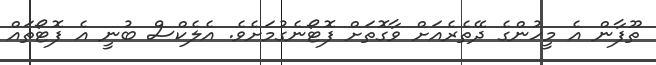
ތޫފާން އެ މީހުންގެ ދޭތެރެއަށް ވާގޮތަށް ފޮޓޯނެގުމަށެވެ. އެލެކްސް ބުނީ އެ ފޮޓޯތައް